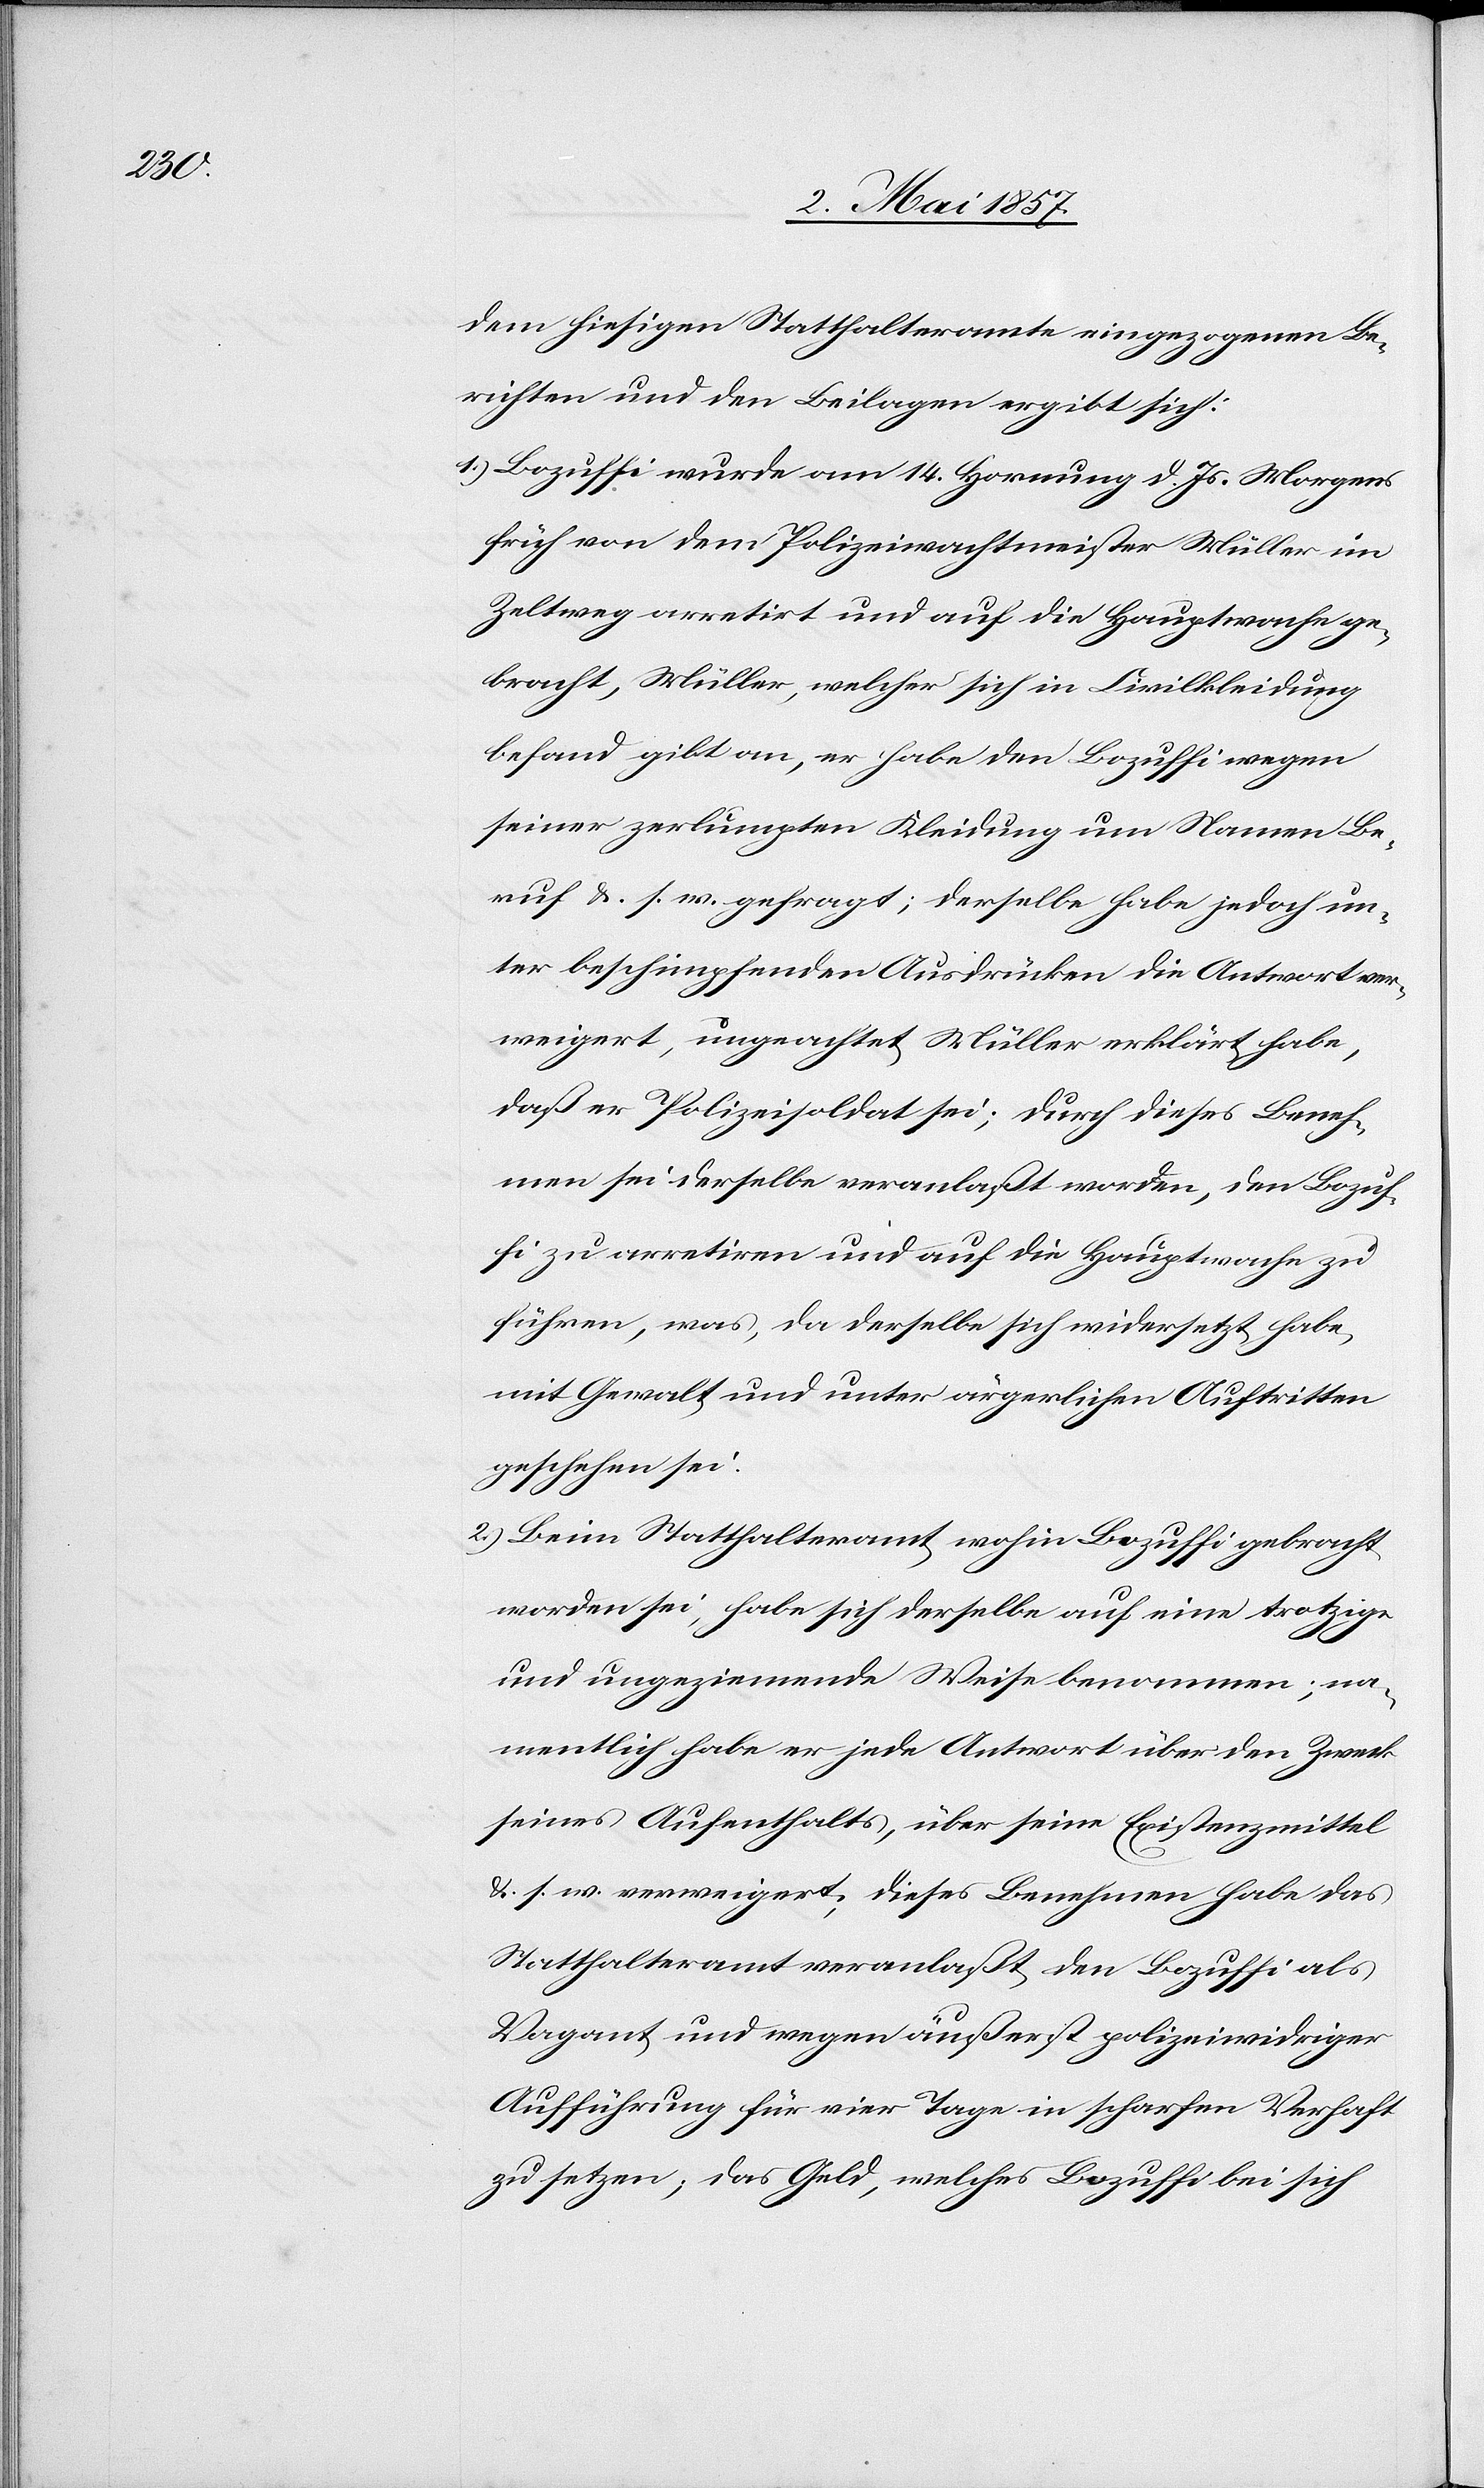
dem hiesigen Statthalteramte eingezogenen Be¬
richten und den Beilagen ergibt sich:
1.) Bozuffi wurde am 14 Hornung d. Js. Morgens
früh von dem Polizeiwachtmeister Müller im
Zeltweg arretirt und auf die Hauptwache ge¬
bracht, Müller, welcher sich in Civilkleidung
befand gibt an, er habe den Bozuffi wegen
seiner zerlumpten Kleidung um Namen Be¬
ruf &. s. w. gefragt; derselbe habe jedoch un¬
ter beschimpfenden Ausdrücken die Antwort ver¬
weigert, ungeachtet Müller erklärt habe,
daß er Polizeisoldat sei; durch dieses Beneh¬
men sei derselbe veranlaßt worden, den Bozuf¬
fi zu arretiren und auf die Hauptwache zu
führen, was, da derselbe sich widersetzt habe,
mit Gewalt und unter ärgerlichen Auftritten
geschehen sei.
2.) Beim Statthalteramt wohin Bozuffi gebracht
worden sei, habe sich derselbe auf eine trotzige
und ungeziemende Weise benommen; na¬
mentlich habe er jede Antwort über den Zweck
seines Aufenthaltes, über seine Existenzmittel
&. s. w. verweigert, dieses Benehmen habe das
Statthalteramt veranlaßt den Bozuffi als
Vagant und wegen äußerst polizeiwidriger
Aufführung für vier Tage in scharfen Verhaft
zu setzen; das Geld, welcher Bozuffi bei sich